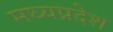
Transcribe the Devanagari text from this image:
मघ्‍यप्रदेश